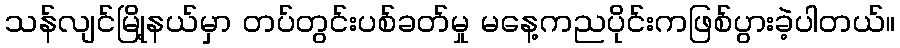
သန်လျင်မြို့နယ်မှာ တပ်တွင်းပစ်ခတ်မှု မနေ့ကညပိုင်းကဖြစ်ပွားခဲ့ပါတယ်။